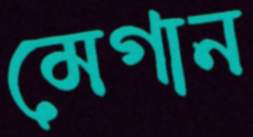
মেগান